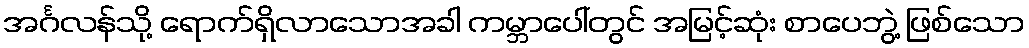
အင်္ဂလန်သို့ ရောက်ရှိလာသောအခါ ကမ္ဘာပေါ်တွင် အမြင့်ဆုံး စာပေဘွဲ့ ဖြစ်သော